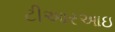
ટીઆરઆઇ